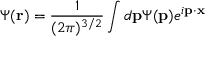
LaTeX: \Psi ( { \bf r } ) = \frac { 1 } { ( 2 \pi ) ^ { 3 / 2 } } \int d { \bf p } \Psi ( { \bf p } ) e ^ { i { \bf p } \cdot { \bf x } }